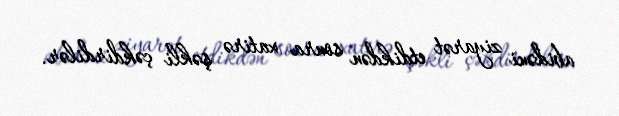
abidəni ziyarət etdikdən sonra xatirə şəkli çəkdirdilər.